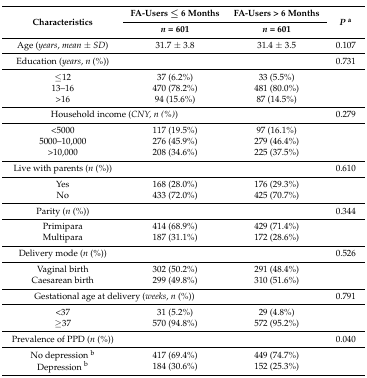
<table><thead><tr><td rowspan="2"><b>Characteristics</b></td><td><b>FA-Users ≤ 6 Months</b></td><td><b>FA-Users &gt; 6 Months</b></td><td rowspan="2"><b><i>P</i><sup>a</sup></b></td></tr><tr><td><b><i>n</i> = 601</b></td><td><b><i>n</i> = 601</b></td></tr></thead><tbody><tr><td>Age (<i>years, mean ± SD</i>)</td><td>31.7 ± 3.8</td><td>31.4 ± 3.5</td><td>0.107</td></tr><tr><td>Education (<i>years, n (%)</i>)</td><td colspan="2"></td><td>0.731</td></tr><tr><td>≤12</td><td>37 (6.2%)</td><td>33 (5.5%)</td><td></td></tr><tr><td>13–16</td><td>470 (78.2%)</td><td>481 (80.0%)</td><td></td></tr><tr><td>&gt;16</td><td>94 (15.6%)</td><td>87 (14.5%)</td><td></td></tr><tr><td colspan="2">Household income (<i>CNY, n (%)</i>)</td><td></td><td>0.279</td></tr><tr><td>&lt;5000</td><td>117 (19.5%)</td><td>97 (16.1%)</td><td></td></tr><tr><td>5000–10,000</td><td>276 (45.9%)</td><td>279 (46.4%)</td><td></td></tr><tr><td>&gt;10,000</td><td>208 (34.6%)</td><td>225 (37.5%)</td><td></td></tr><tr><td>Live with parents (<i>n</i> (%))</td><td colspan="2"></td><td>0.610</td></tr><tr><td>Yes</td><td>168 (28.0%)</td><td>176 (29.3%)</td><td></td></tr><tr><td>No</td><td>433 (72.0%)</td><td>425 (70.7%)</td><td></td></tr><tr><td>Parity (<i>n</i> (%))</td><td colspan="2"></td><td>0.344</td></tr><tr><td>Primipara</td><td>414 (68.9%)</td><td>429 (71.4%)</td><td></td></tr><tr><td>Multipara</td><td>187 (31.1%)</td><td>172 (28.6%)</td><td></td></tr><tr><td>Delivery mode (<i>n</i> (%))</td><td colspan="2"></td><td>0.526</td></tr><tr><td>Vaginal birth</td><td>302 (50.2%)</td><td>291 (48.4%)</td><td></td></tr><tr><td>Caesarean birth</td><td>299 (49.8%)</td><td>310 (51.6%)</td><td></td></tr><tr><td colspan="2">Gestational age at delivery (<i>weeks, n (%)</i>)</td><td></td><td>0.791</td></tr><tr><td>&lt;37</td><td>31 (5.2%)</td><td>29 (4.8%)</td><td></td></tr><tr><td>≥37</td><td>570 (94.8%)</td><td>572 (95.2%)</td><td></td></tr><tr><td>Prevalence of PPD (<i>n</i> (%))</td><td colspan="2"></td><td>0.040</td></tr><tr><td>No depression <sup>b</sup></td><td>417 (69.4%)</td><td>449 (74.7%)</td><td></td></tr><tr><td>Depression <sup>b</sup></td><td>184 (30.6%)</td><td>152 (25.3%)</td><td></td></tr></tbody></table>